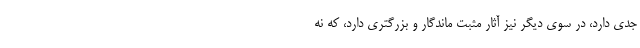
جدی دارد، در سوی دیگر نیز آثار مثبت ماندگار و بزرگتری دارد، که نه